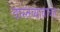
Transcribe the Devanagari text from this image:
वास्तव्याबाबत